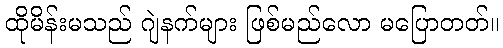
ထိုမိန်းမသည် ဂျဲနက်များ ဖြစ်မည်လော မပြောတတ်။